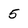
Character: 5